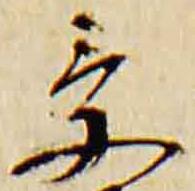
受